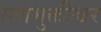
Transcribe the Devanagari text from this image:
गणमुक्तीश्वर